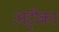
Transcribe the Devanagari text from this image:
अट्टीका